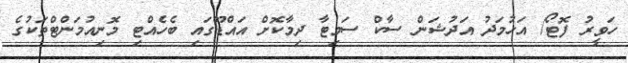
ހަވީރު ފޮޓޯ/ އަހުމަދު އަދުޝަން ސާކް ސަމިޓާ ދިމާކޮށް އައްޑޫގައި ބެހެއްޓި މޮނިއުމަންޓްތަކުގެ